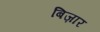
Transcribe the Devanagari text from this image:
बिज़ार